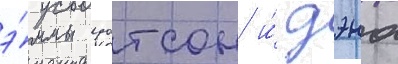
э́ммы уотсон и́ дэна